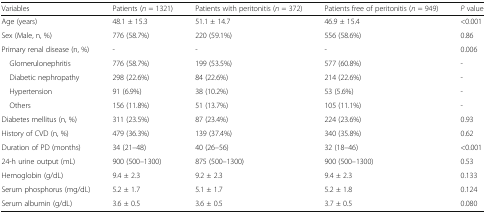
<table><thead><tr><td><b>Variables</b></td><td><b>Patients (<i>n</i> = 1321)</b></td><td><b>Patients with peritonitis (<i>n</i> = 372)</b></td><td><b>Patients free of peritonitis (<i>n</i> = 949)</b></td><td><b><i>P</i> value</b></td></tr></thead><tbody><tr><td>Age (years)</td><td>48.1 ± 15.3</td><td>51.1 ± 14.7</td><td>46.9 ± 15.4</td><td>&lt;0.001</td></tr><tr><td>Sex (Male, n, %)</td><td>776 (58.7%)</td><td>220 (59.1%)</td><td>556 (58.6%)</td><td>0.86</td></tr><tr><td>Primary renal disease (n, %)</td><td>-</td><td>-</td><td>-</td><td>0.006</td></tr><tr><td> Glomerulonephritis</td><td>776 (58.7%)</td><td>199 (53.5%)</td><td>577 (60.8%)</td><td>-</td></tr><tr><td> Diabetic nephropathy</td><td>298 (22.6%)</td><td>84 (22.6%)</td><td>214 (22.6%)</td><td>-</td></tr><tr><td> Hypertension</td><td>91 (6.9%)</td><td>38 (10.2%)</td><td>53 (5.6%)</td><td>-</td></tr><tr><td> Others</td><td>156 (11.8%)</td><td>51 (13.7%)</td><td>105 (11.1%)</td><td>-</td></tr><tr><td>Diabetes mellitus (n, %)</td><td>311 (23.5%)</td><td>87 (23.4%)</td><td>224 (23.6%)</td><td>0.93</td></tr><tr><td>History of CVD (n, %)</td><td>479 (36.3%)</td><td>139 (37.4%)</td><td>340 (35.8%)</td><td>0.62</td></tr><tr><td>Duration of PD (months)</td><td>34 (21–48)</td><td>40 (26–56)</td><td>32 (18–46)</td><td>&lt;0.001</td></tr><tr><td>24-h urine output (mL)</td><td>900 (500–1300)</td><td>875 (500–1300)</td><td>900 (500–1300)</td><td>0.53</td></tr><tr><td>Hemoglobin (g/dL)</td><td>9.4 ± 2.3</td><td>9.2 ± 2.3</td><td>9.4 ± 2.3</td><td>0.133</td></tr><tr><td>Serum phosphorus (mg/dL)</td><td>5.2 ± 1.7</td><td>5.1 ± 1.7</td><td>5.2 ± 1.8</td><td>0.124</td></tr><tr><td>Serum albumin (g/dL)</td><td>3.6 ± 0.5</td><td>3.6 ± 0.5</td><td>3.7 ± 0.5</td><td>0.080</td></tr></tbody></table>